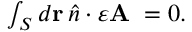
\begin{array} { r } { \int _ { S } d \mathbf { r } \, \hat { n } \cdot \varepsilon \mathbf { A } \; = 0 . } \end{array}